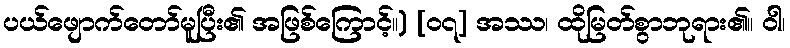
ပယ်ဖျောက်တော်မူပြီး၏ အဖြစ်ကြောင့်။) [၀၇] အဿ၊ ထိုမြတ်စွာဘုရား၏။ ဝါ၊